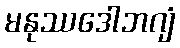
မနုဿဒေါဘဂျံ